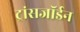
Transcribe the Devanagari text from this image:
ट्रांसजॉर्डन